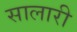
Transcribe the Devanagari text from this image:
सालारी